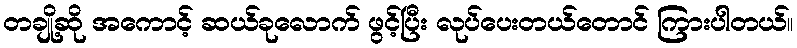
တချို့ဆို အကောင့် ဆယ်ခုလောက် ဖွင့်ပြီး လုပ်ပေးတယ်တောင် ကြားပါတယ်။